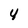
Character: 4